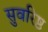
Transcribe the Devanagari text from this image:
सुवरिष्ठ